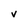
Character: v